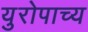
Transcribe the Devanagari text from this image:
युरोपाच्य